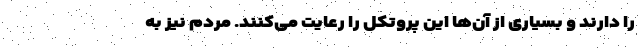
را دارند و بسیاری از آن‌ها این پروتکل را رعایت می‌کنند. مردم نیز به